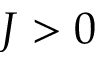
J > 0